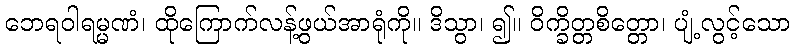
ဘေရဝါရမ္မဏံ၊ ထိုကြောက်လန့်ဖွယ်အာရုံကို။ ဒိသွာ၊ ၍။ ဝိက္ခိတ္တစိတ္တော၊ ပျံ့လွင့်သော